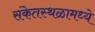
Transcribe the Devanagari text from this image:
संकेतस्थळामध्ये